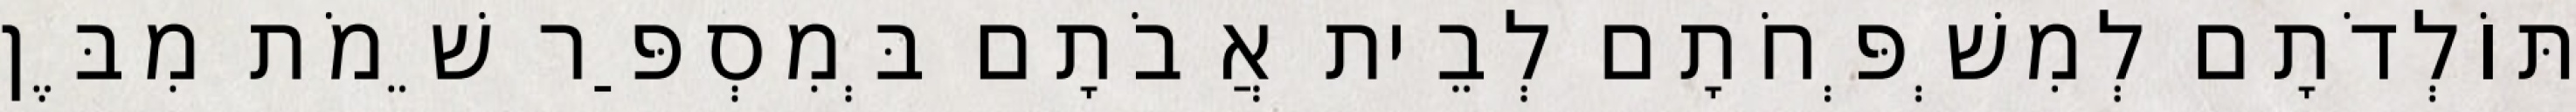
תּוֹלְדֹתָם לְמִשְׁפְּחֹתָם לְבֵית אֲבֹתָם בְּמִסְפַּר שֵׁמֹת מִבֶּן